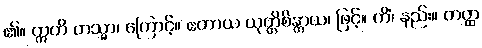
၏။ ဣတိ တသ္မာ၊ ကြောင့်။ ဧတာယ ယုတ္တိစိန္တာယ၊ ဖြင့်။ ကိံ၊ နည်း။ တတ္ထ